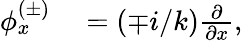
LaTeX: \begin{array}{rl}{\phi_{x}^{(\pm)}}&{{}=(\mp i/k)\frac{\partial}{\partial x},}\end{array}